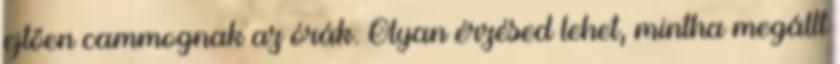
ejtően cammognak az órák. Olyan érzésed lehet, mintha megállt